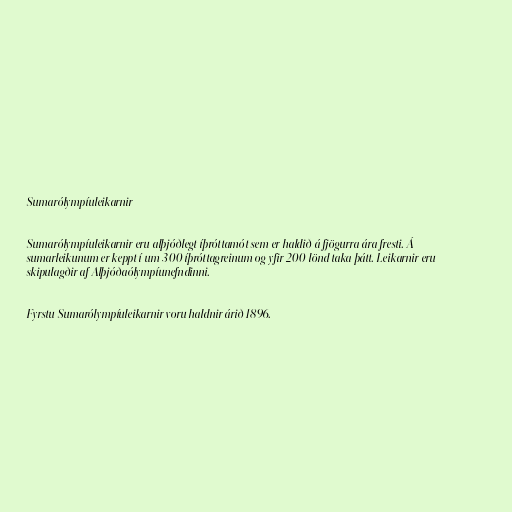
Sumarólympíuleikarnir

Sumarólympíuleikarnir eru alþjóðlegt íþróttamót sem er haldið á fjögurra ára fresti. Á
sumarleikunum er keppt í um 300 íþróttagreinum og yfir 200 lönd taka þátt. Leikarnir eru
skipulagðir af Alþjóðaólympíunefndinni.

Fyrstu Sumarólympíuleikarnir voru haldnir árið 1896.